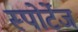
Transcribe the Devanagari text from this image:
स्पोर्टेज